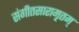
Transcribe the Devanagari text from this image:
संगीतसारामृतम्